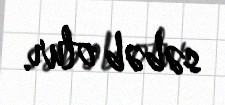
səbəb olur.